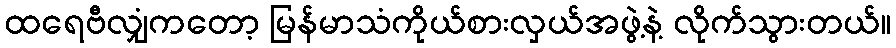
ထရေဗီလျှံကတော့ မြန်မာသံကိုယ်စားလှယ်အဖွဲ့နဲ့ လိုက်သွားတယ်။